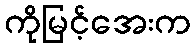
ကိုမြင့်အေးက